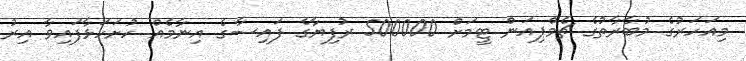
މިއަހަރުގެ މުބާރާތުގެ ޗެމްޕިއަން ޓީމަށް 500000 ރުފިޔާގެ ފައިސާގެ އިނާމެއް ހުށަހަޅާފައިވާ އިރު